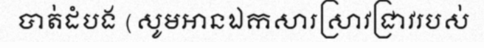
បាត់ដំបង (សូមអានឯកសារស្រាវជ្រាវរបស់